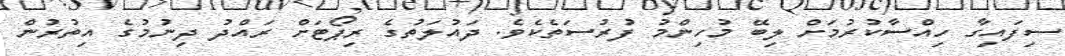
ސިފައިގާ ހިއްސާކުރުމަށް ލިބޭ މުހިންމު ފުރުސަތެކެވެ. ދައުލަތުގެ ރިޕޯޓަށް ރައްދު ދިނުމުގެ އިތުރުން